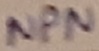
Text: NPN